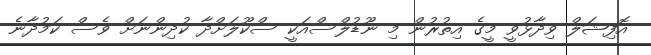
އޮފިޝަލް ވިދާޅުވީ މީގެ އިތުރުން މި ނޫޑުލްސްއަކީ ސްކޫލަށްދާ ކުދިންނަށް ވެސް ކަމުދާނެ